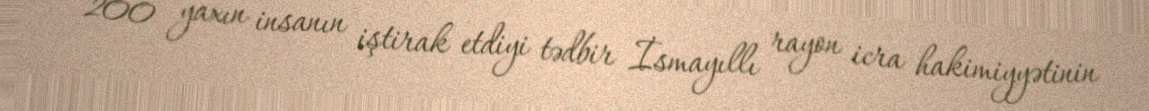
200 yaxın insanın iştirak etdiyi tədbir İsmayıllı rayon icra hakimiyyətinin